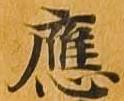
応